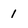
Character: 1